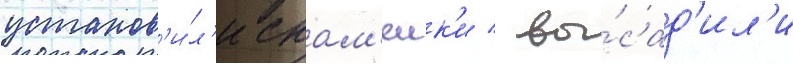
установ'и́л'и скам'еик'и / вы́сад'ил'и